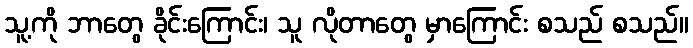
သူ့ကို ဘာတွေ ခိုင်းကြောင်း၊ သူ လိုတာတွေ မှာကြောင်း စသည် စသည်။